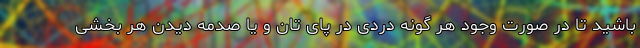
باشید تا در صورت وجود هر گونه دردی در پای تان و یا صدمه دیدن هر بخشی